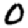
Digit: 0